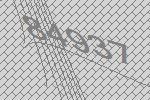
84937